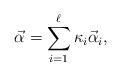
LaTeX: \begin{align*}\vec{\alpha}=\sum_{i=1}^{\ell} {\kappa}_{i} \vec{\alpha}_i,\end{align*}